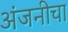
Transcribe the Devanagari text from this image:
अंजनीचा